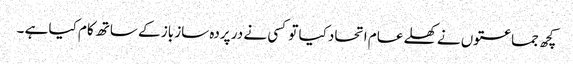
کچھ جماعتوں نے کھلے عام اتحاد کیا تو کسی نے در پردہ ساز باز کے ساتھ کام کیا ہے ۔